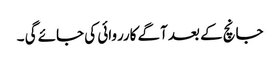
جانچ کے بعد آگے کارروائی کی جائے گی ۔